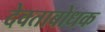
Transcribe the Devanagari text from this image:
देवताबोधक